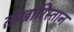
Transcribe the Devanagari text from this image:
तोखारिस्तान